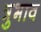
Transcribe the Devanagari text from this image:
त्रुभाव